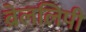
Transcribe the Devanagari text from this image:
ब्रेललिपी